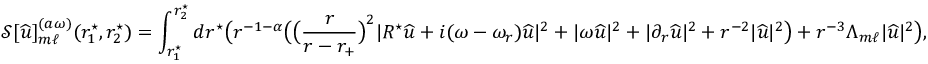
\mathcal { S } [ { \widehat { u } } ] _ { m \ell } ^ { ( a \omega ) } ( r _ { 1 } ^ { \star } , r _ { 2 } ^ { \star } ) = \int _ { r _ { 1 } ^ { \star } } ^ { r _ { 2 } ^ { \star } } d r ^ { \star } \big ( r ^ { - 1 - \alpha } \big ( \big ( \frac { r } { r - r _ { + } } \big ) ^ { 2 } | R ^ { \star } { \widehat { u } } + i ( \omega - \omega _ { r } ) { \widehat { u } } | ^ { 2 } + | \omega { \widehat { u } } | ^ { 2 } + | \partial _ { r } { \widehat { u } } | ^ { 2 } + r ^ { - 2 } | { \widehat { u } } | ^ { 2 } \big ) + r ^ { - 3 } \Lambda _ { m \ell } | { \widehat { u } } | ^ { 2 } \big ) ,